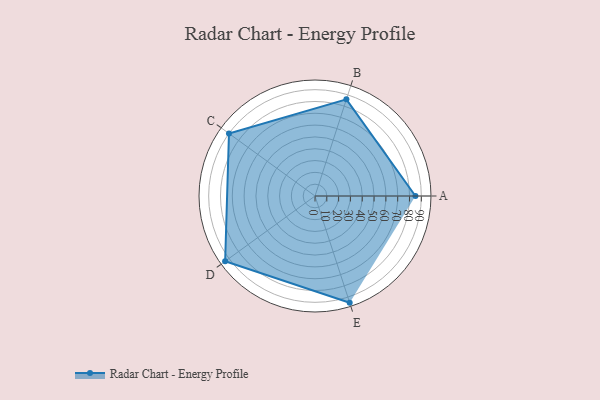
{"axis": {"x": "Skill", "y": "Score"}, "legend": ["Profile"], "data": [{"x": "A", "y": 85.0, "type": "Profile"}, {"x": "B", "y": 86.0, "type": "Profile"}, {"x": "C", "y": 90.0, "type": "Profile"}, {"x": "D", "y": 94.0, "type": "Profile"}, {"x": "E", "y": 95.0, "type": "Profile"}]}